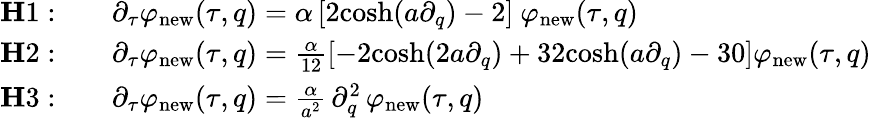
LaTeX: \begin{array}{rl}{{\mathbf H1:}}&{\quad\partial_{\tau}\varphi_{\mathrm{new}}(\tau,q)=\alpha\, [2\mathrm{cosh}(a\partial_{q})-2]\ \varphi_{\mathrm{new}}(\tau,q)}\\ {{\mathbf H2:}}&{\quad\partial_{\tau}\varphi_{\mathrm{new}}(\tau,q)=\frac{\alpha}{12}[-2\mathrm{cosh}(2a\partial_{q})+32\mathrm{cosh}(a\partial_{q})-30]\varphi_{\mathrm{new}}(\tau,q)}\\ {{\mathbf H3:}}&{\quad\partial_{\tau}\varphi_{\mathrm{new}}(\tau,q)=\frac{\alpha}{a^{2}}\, \partial_{q}^{2}\, \varphi_{\mathrm{new}}(\tau,q)}\end{array}